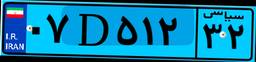
۰۷D۵۱۲۳۲